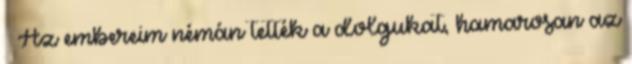
– Az embereim némán tették a dolgukat, hamarosan az